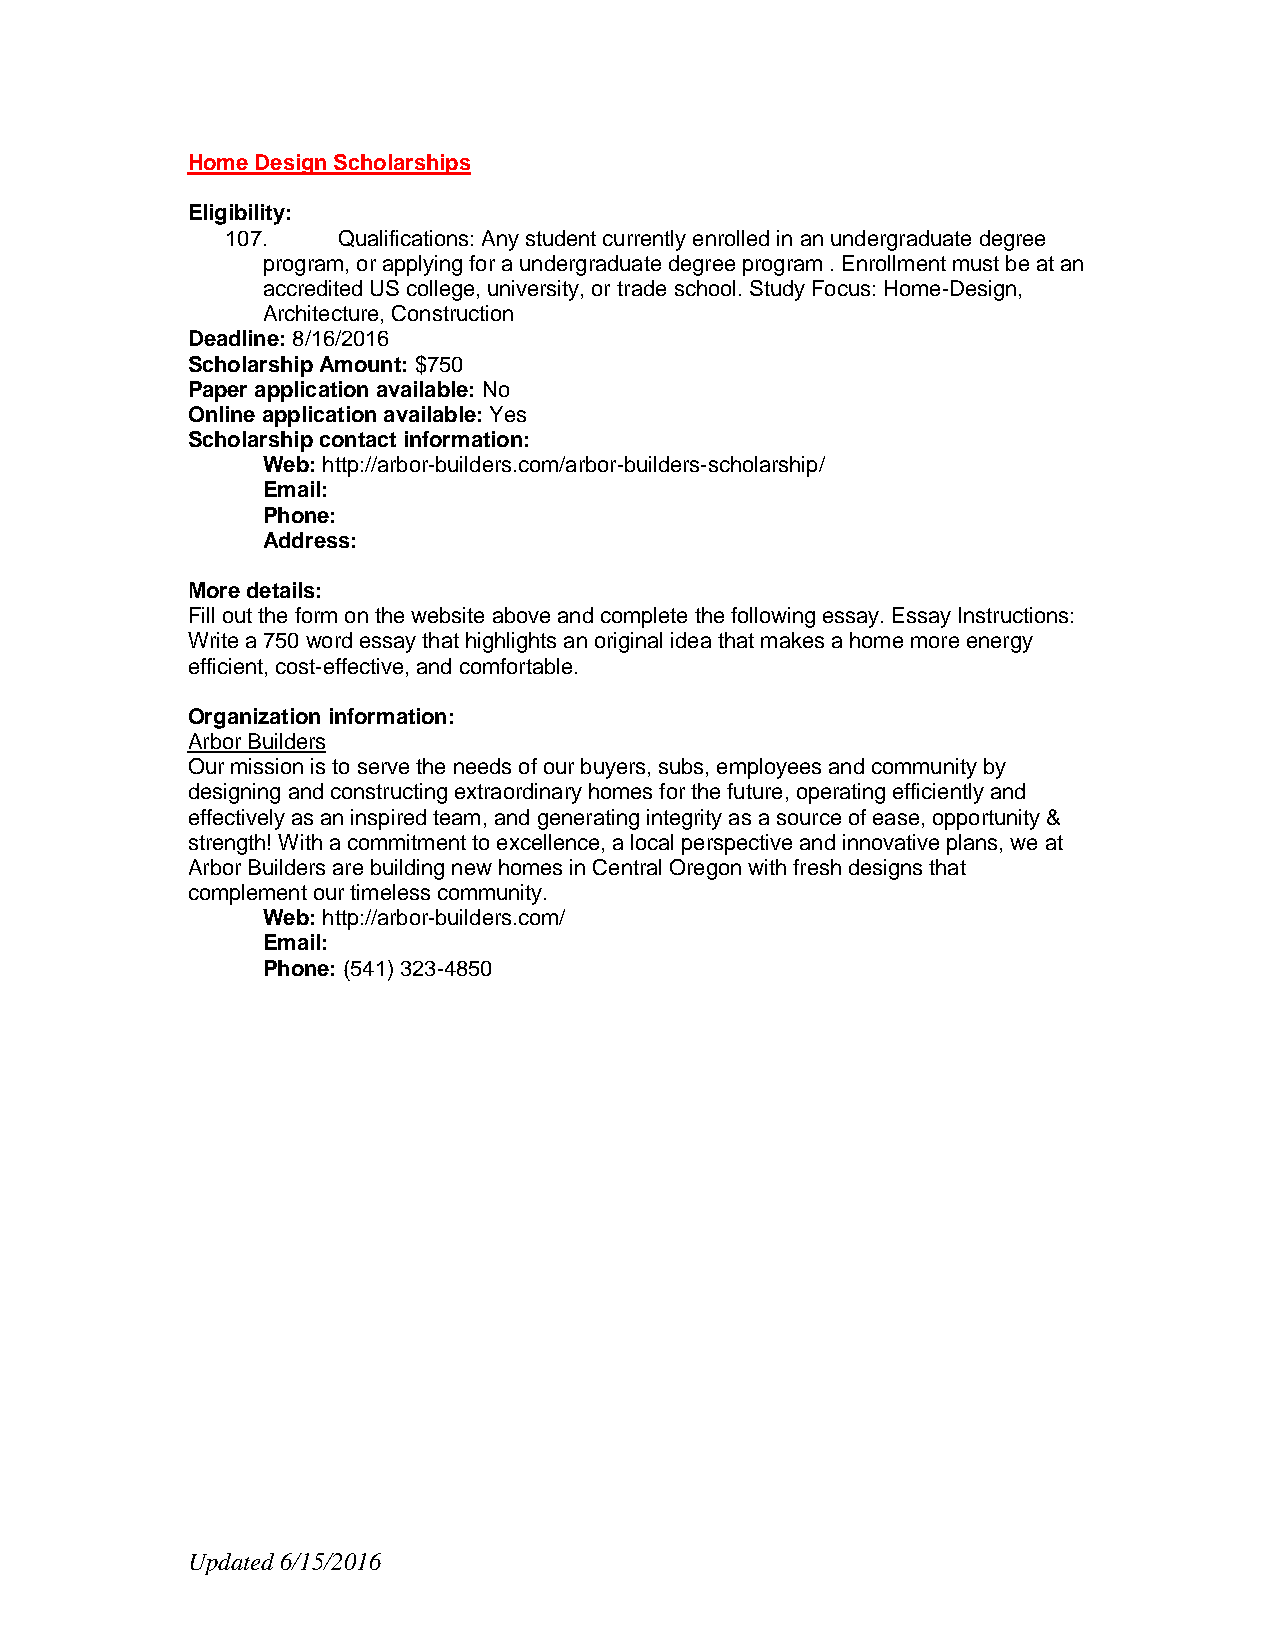
Home Design Scholarships
 Eligibility:
 107.   Qualifications: Any student currently enrolled in an undergraduate degree
 program, or applying for a undergraduate degree program . Enrollment must be at an
 accredited US college, university, or trade school. Study Focus: Home-Design,
 Architecture, Construction
 Deadline: 8/16/2016
 Scholarship Amount: $750
 Paper application available: No
 Online application available: Yes
 Scholarship contact information:
 Web: http://arbor-builders.com/arbor-builders-scholarship/
 Email:
 Phone:
 Address:
 More details:
 Fill out the form on the website above and complete the following essay. Essay Instructions:
 Write a 750 word essay that highlights an original idea that makes a home more energy
 efficient, cost-effective, and comfortable.
 Organization information:
 Arbor Builders
 Our mission is to serve the needs of our buyers, subs, employees and community by
 designing and constructing extraordinary homes for the future, operating efficiently and
 effectively as an inspired team, and generating integrity as a source of ease, opportunity &
 strength! With a commitment to excellence, a local perspective and innovative plans, we at
 Arbor Builders are building new homes in Central Oregon with fresh designs that
 complement our timeless community.
 Web: http://arbor-builders.com/
 Email:
 Phone: (541) 323-4850
 Updated 6/15/2016